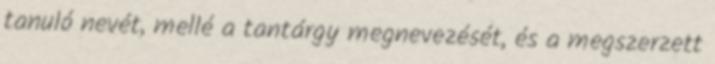
tanuló nevét, mellé a tantárgy megnevezését, és a megszerzett